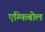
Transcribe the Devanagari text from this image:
एम्फिबोल